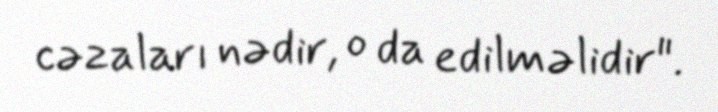
cəzaları nədir, o da edilməlidir".